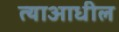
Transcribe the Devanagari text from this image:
त्याआधील